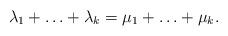
LaTeX: \begin{align*} \lambda_1 + \ldots + \lambda_k = \mu_1 + \ldots +\mu_k .\end{align*}